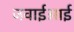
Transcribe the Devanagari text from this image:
जवाईआई